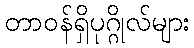
တာဝန်ရှိပုဂ္ဂိုလ်များ